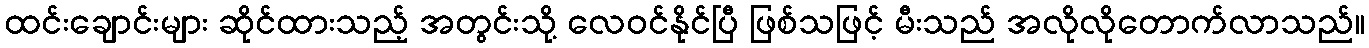
ထင်းချောင်းများ ဆိုင်ထားသည့် အတွင်းသို့ လေဝင်နိုင်ပြီ ဖြစ်သဖြင့် မီးသည် အလိုလိုတောက်လာသည်။